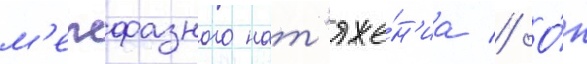
м'ежфазного нат'яже́н'иа // О́н